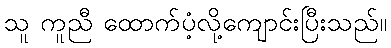
သူ ကူညီ ထောက်ပံ့လို့ကျောင်းပြီးသည်။